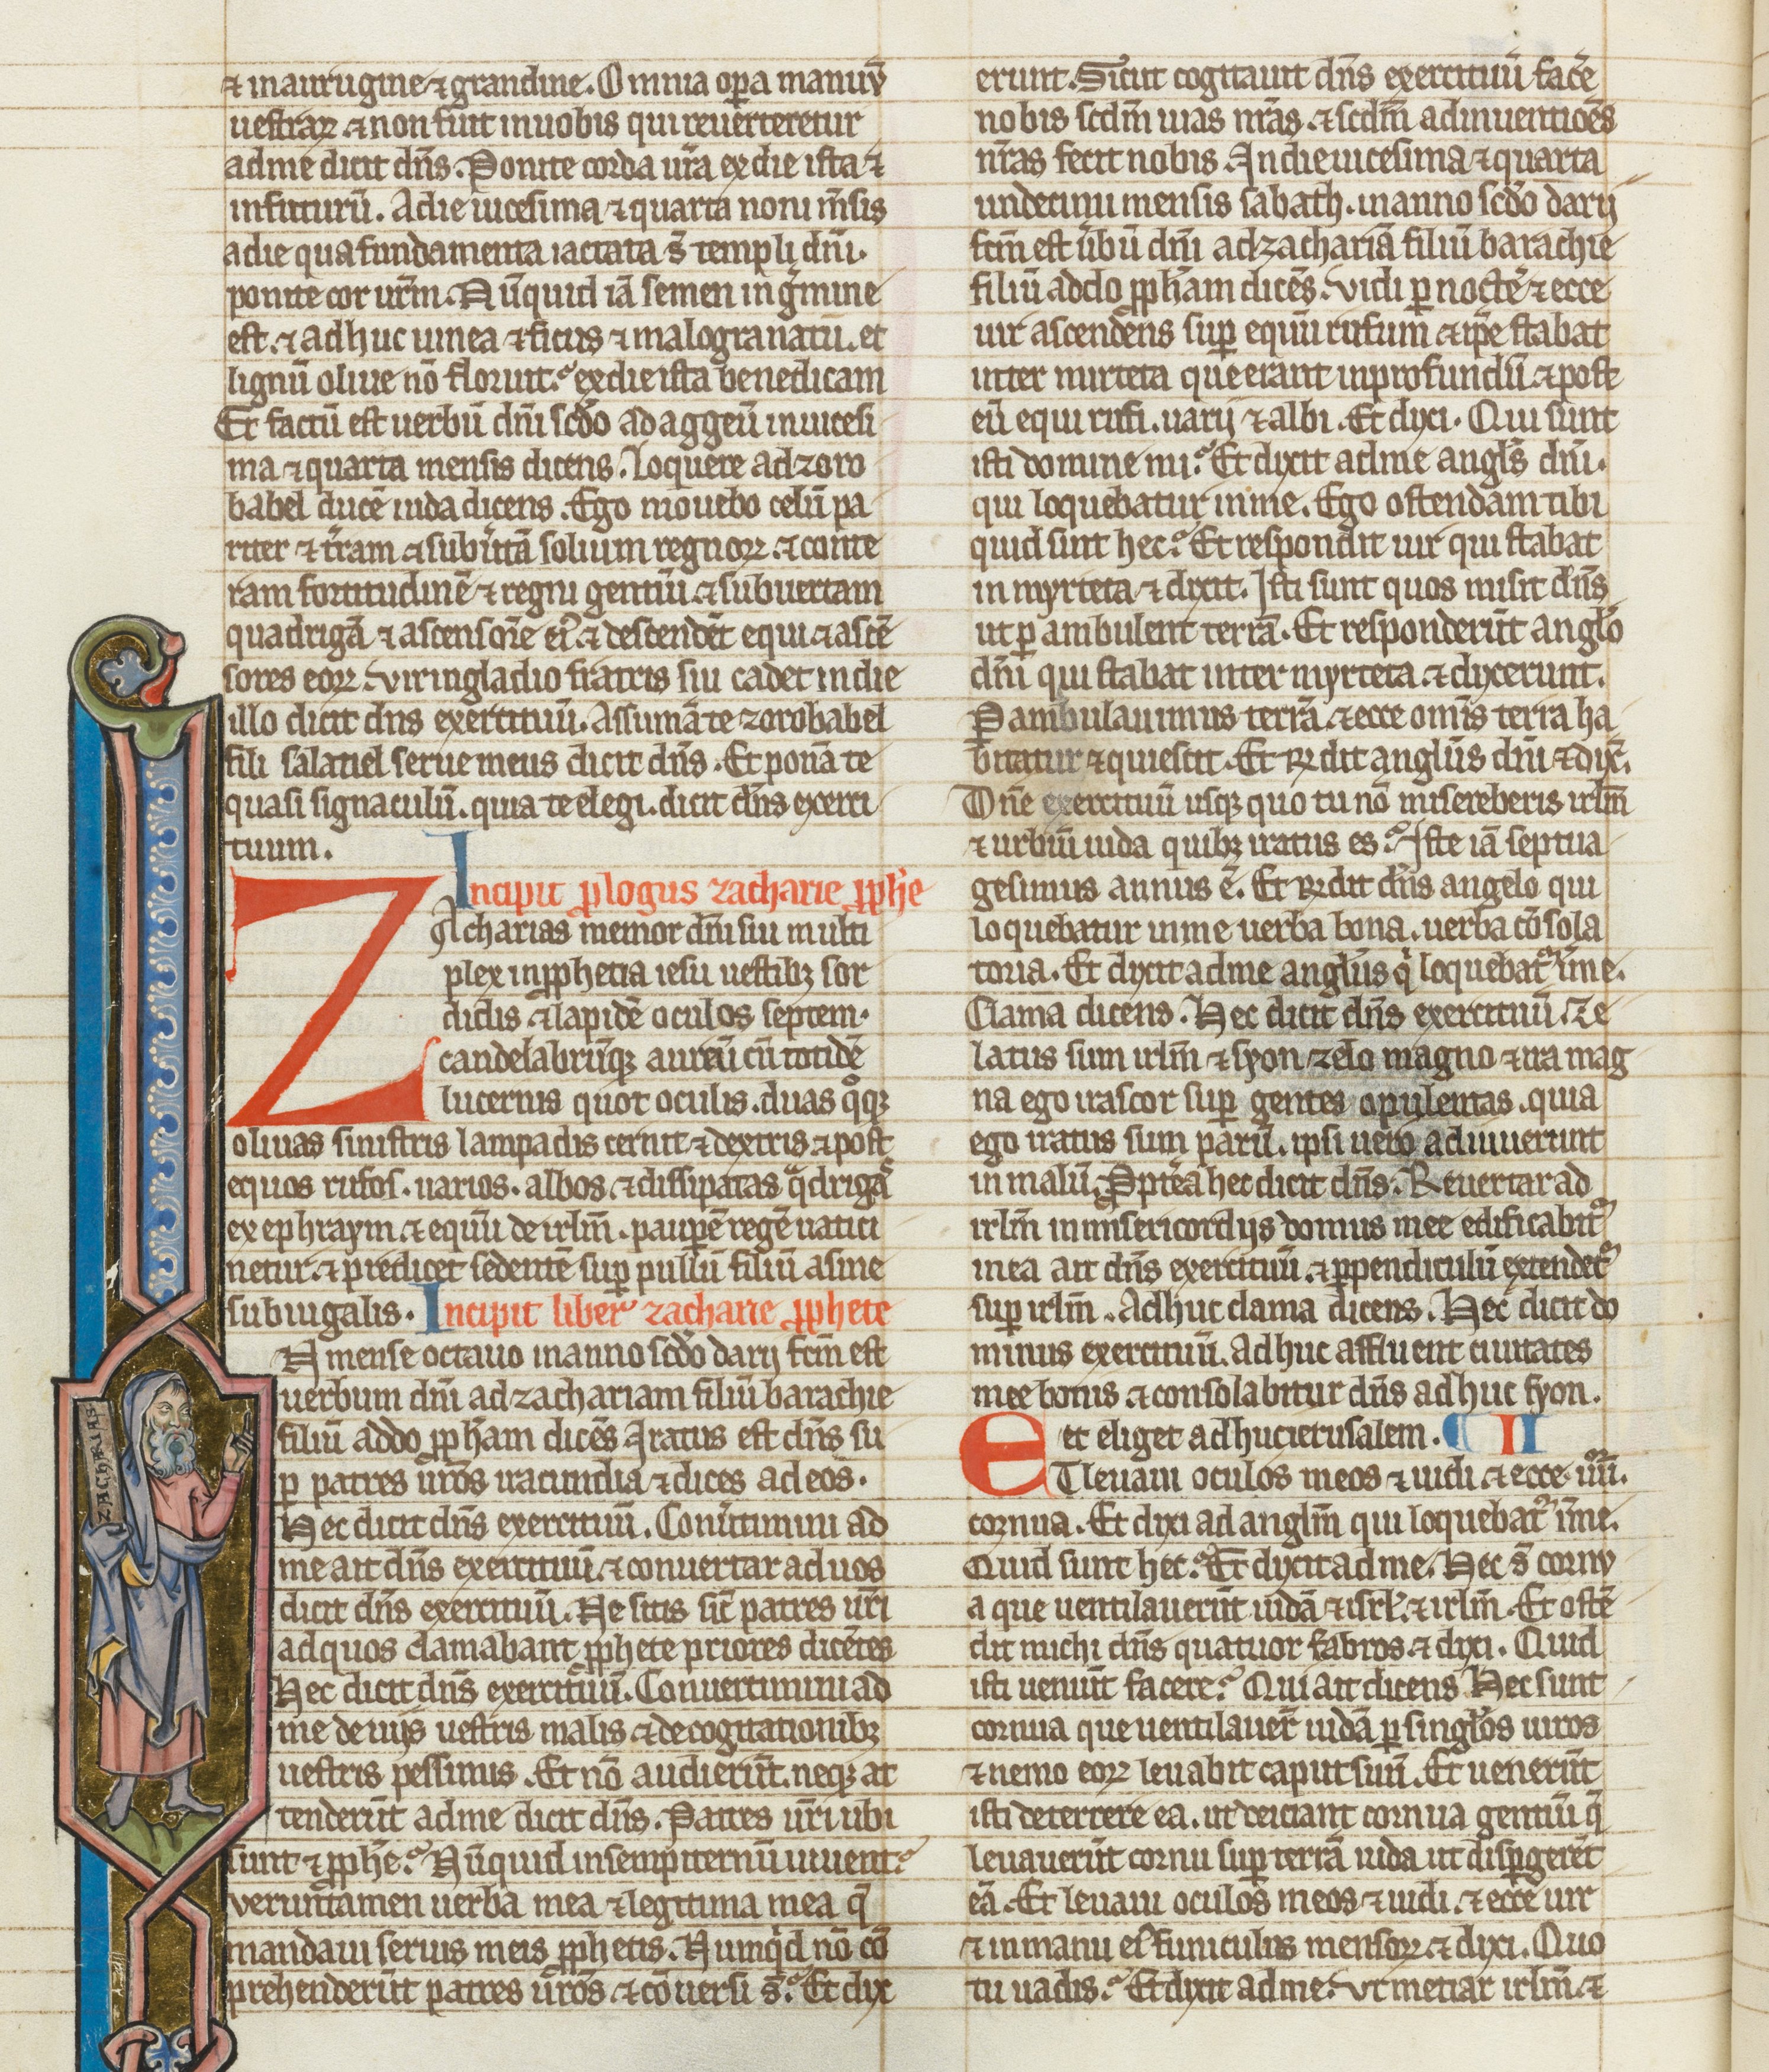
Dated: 1275–1299